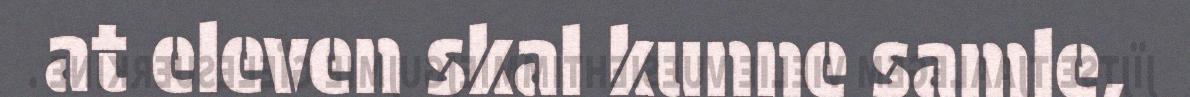
at eleven skal kunne samle,